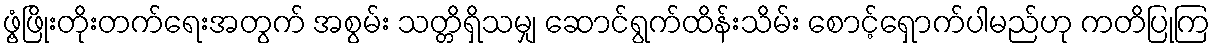
ဖွံ့ဖြိုးတိုးတက်ရေးအတွက် အစွမ်း သတ္တိရှိသမျှ ဆောင်ရွက်ထိန်းသိမ်း စောင့်ရှောက်ပါမည်ဟု ကတိပြုကြ